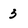
Character: 3